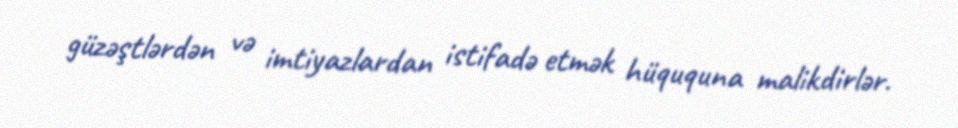
güzəştlərdən və imtiyazlardan istifadə etmək hüququna malikdirlər.